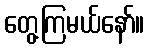
တွေ့ကြမယ်နော်။